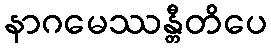
နာဂမေဿန္တီတိပေ